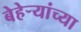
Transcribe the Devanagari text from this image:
बेहेर्‍यांच्या